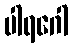
ပါရဂေါ